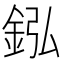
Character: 𨥺